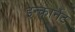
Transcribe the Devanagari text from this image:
इन्कार्नेट